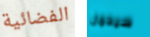
الفضائية سيحمل